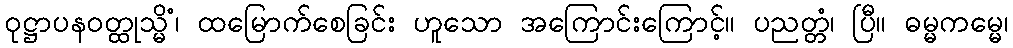
ဝုဋ္ဌာပနဝတ္ထုသ္မိံ၊ ထမြောက်စေခြင်း ဟူသော အကြောင်းကြောင့်။ ပညတ္တံ၊ ပြီ။ ဓမ္မကမ္မေ၊